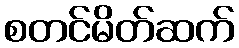
စတင်မိတ်ဆက်